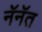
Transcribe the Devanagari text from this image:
नॅनॅत